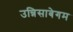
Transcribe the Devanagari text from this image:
उन्निसाबेगम